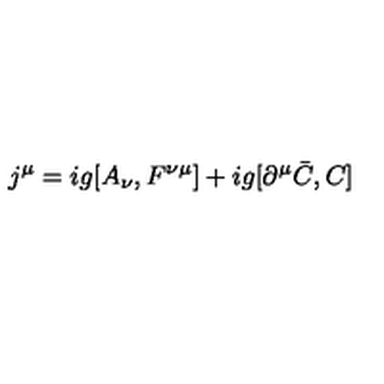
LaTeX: j ^ { \mu } = i g [ A _ { \nu } , F ^ { \nu \mu } ] + i g [ \partial ^ { \mu } \bar { C } , C ]